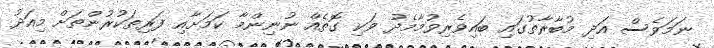
ނަމަވެސް އަދި މުބާރާތުގައި ބައިވެރިވުމާމެދު ވަކި ގޮތެއް ނުނިންމާ ކަމަށާއި ފަރިތަކުރުންތަށް މިއަދު